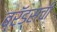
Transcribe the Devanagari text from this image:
ब्रॅड्सची